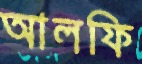
আলফি